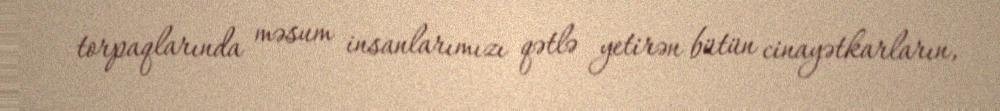
torpaqlarında məsum insanlarımızı qətlə yetirən bütün cinayətkarların,